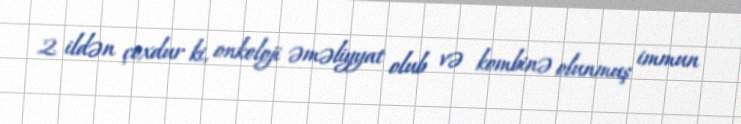
2 ildən çoxdur ki, onkoloji əməliyyat olub və kombinə olunmuş immun